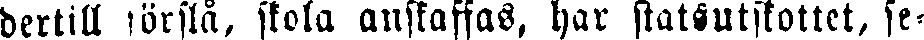
dertill förstå, skola anskaffas, har statsutskottet, se-